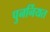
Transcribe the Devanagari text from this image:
पुनर्नियत